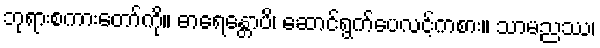
ဘုရားစကားတော်ကို။ ဓာရေန္တောပိ၊ ဆောင်ရွက်ပေလင့်ကစား။ သာမညဿ၊